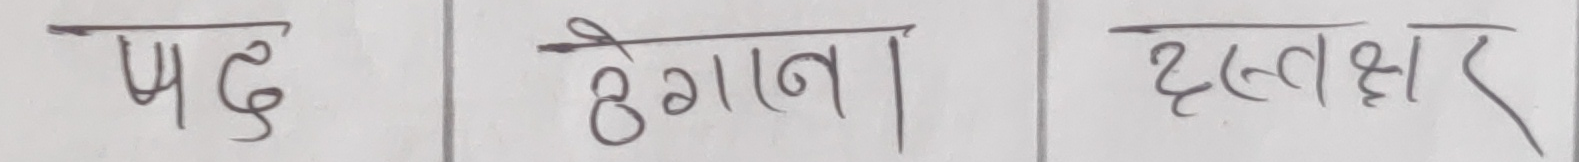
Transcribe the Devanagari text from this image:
पद ढेगाना दस्तक्षर